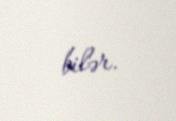
bilər.